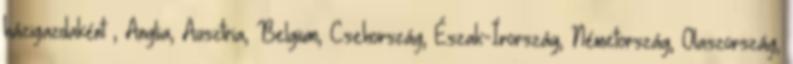
házigazdaként , Anglia, Ausztria, Belgium, Csehország, Észak-Írország, Németország, Olaszország,